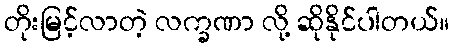
တိုးမြင့်လာတဲ့ လက္ခဏာ လို့ ဆိုနိုင်ပါတယ်။